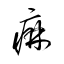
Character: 痳